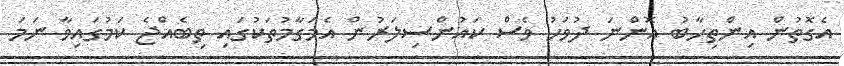
އެގޮތުން އިންތިހާބު އޮންނަ ދުވަހު ވެސް ކައުންސިލަރުން އެމަގާމުތަކުގައި ތިބެއްޖެ ކަމުގައިވާ ނަމަ